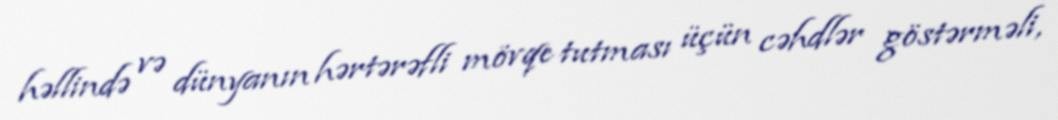
həllində və dünyanın hərtərəfli mövqe tutması üçün cəhdlər göstərməli,